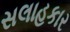
સલાહકાર